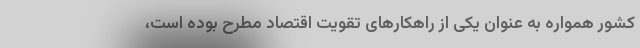
کشور همواره به عنوان یکی از راهکارهای تقویت اقتصاد مطرح بوده است،